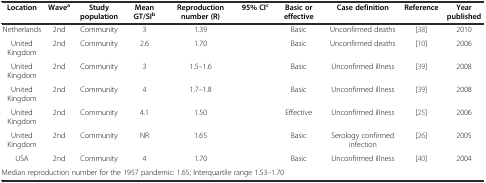
<table><thead><tr><td><b>Location</b></td><td><b>Wave<sup>a</sup></b></td><td><b>Study population</b></td><td><b>Mean GT/SI<sup>b</sup></b></td><td><b>Reproduction number (R)</b></td><td><b>95% CI<sup>c</sup></b></td><td><b>Basic or effective</b></td><td><b>Case definition</b></td><td><b>Reference</b></td><td><b>Year published</b></td></tr></thead><tbody><tr><td>Netherlands</td><td>2nd</td><td>Community</td><td>3</td><td>1.39</td><td></td><td>Basic</td><td>Unconfirmed deaths</td><td>[38]</td><td>2010</td></tr><tr><td>United Kingdom</td><td>2nd</td><td>Community</td><td>2.6</td><td>1.70</td><td></td><td>Basic</td><td>Unconfirmed deaths</td><td>[10]</td><td>2006</td></tr><tr><td>United Kingdom</td><td>2nd</td><td>Community</td><td>3</td><td>1.5–1.6</td><td></td><td>Basic</td><td>Unconfirmed illness</td><td>[39]</td><td>2008</td></tr><tr><td>United Kingdom</td><td>2nd</td><td>Community</td><td>4</td><td>1.7–1.8</td><td></td><td>Basic</td><td>Unconfirmed illness</td><td>[39]</td><td>2008</td></tr><tr><td>United Kingdom</td><td>2nd</td><td>Community</td><td>4.1</td><td>1.50</td><td></td><td>Effective</td><td>Unconfirmed illness</td><td>[25]</td><td>2006</td></tr><tr><td>United Kingdom</td><td>2nd</td><td>Community</td><td>NR</td><td>1.65</td><td></td><td>Basic</td><td>Serology confirmed infection</td><td>[26]</td><td>2005</td></tr><tr><td>USA</td><td>2nd</td><td>Community</td><td>4</td><td>1.70</td><td></td><td>Basic</td><td>Unconfirmed illness</td><td>[40]</td><td>2004</td></tr><tr><td colspan="10">Median reproduction number for the 1957 pandemic: 1.65; Interquartile range 1.53–1.70</td></tr></tbody></table>